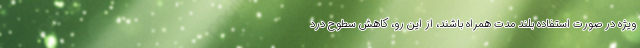
ویژه در صورت استفاده بلند مدت همراه باشند، از این رو، کاهش سطوح درد